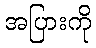
အပြားကို